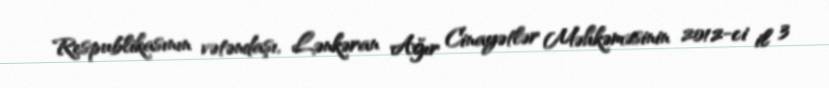
Respublikasının vətəndaşı, Lənkəran Ağır Cinayətlər Məhkəməsinin 2012-ci il 3